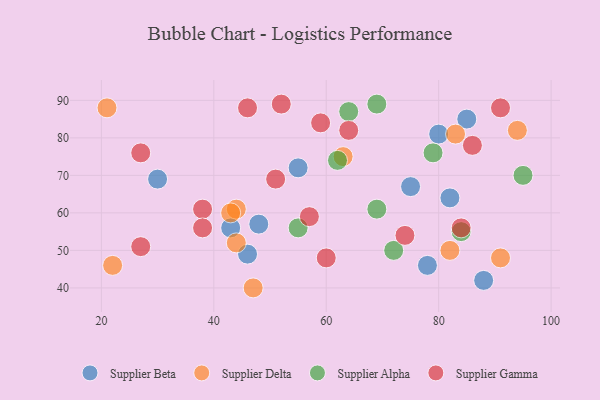
{"axis": {"x": "GDP", "y": "Life Expectancy"}, "legend": ["Supplier Alpha", "Supplier Beta", "Supplier Delta", "Supplier Gamma"], "data": [{"x": "43", "y": 56, "type": "Supplier Beta"}, {"x": "80", "y": 81, "type": "Supplier Beta"}, {"x": "30", "y": 69, "type": "Supplier Beta"}, {"x": "88", "y": 42, "type": "Supplier Beta"}, {"x": "46", "y": 49, "type": "Supplier Beta"}, {"x": "48", "y": 57, "type": "Supplier Beta"}, {"x": "55", "y": 72, "type": "Supplier Beta"}, {"x": "78", "y": 46, "type": "Supplier Beta"}, {"x": "75", "y": 67, "type": "Supplier Beta"}, {"x": "82", "y": 64, "type": "Supplier Beta"}, {"x": "85", "y": 85, "type": "Supplier Beta"}, {"x": "47", "y": 40, "type": "Supplier Delta"}, {"x": "44", "y": 52, "type": "Supplier Delta"}, {"x": "44", "y": 61, "type": "Supplier Delta"}, {"x": "94", "y": 82, "type": "Supplier Delta"}, {"x": "21", "y": 88, "type": "Supplier Delta"}, {"x": "43", "y": 60, "type": "Supplier Delta"}, {"x": "82", "y": 50, "type": "Supplier Delta"}, {"x": "22", "y": 46, "type": "Supplier Delta"}, {"x": "83", "y": 81, "type": "Supplier Delta"}, {"x": "91", "y": 48, "type": "Supplier Delta"}, {"x": "63", "y": 75, "type": "Supplier Delta"}, {"x": "72", "y": 50, "type": "Supplier Alpha"}, {"x": "79", "y": 76, "type": "Supplier Alpha"}, {"x": "55", "y": 56, "type": "Supplier Alpha"}, {"x": "84", "y": 55, "type": "Supplier Alpha"}, {"x": "69", "y": 89, "type": "Supplier Alpha"}, {"x": "69", "y": 61, "type": "Supplier Alpha"}, {"x": "64", "y": 87, "type": "Supplier Alpha"}, {"x": "62", "y": 74, "type": "Supplier Alpha"}, {"x": "95", "y": 70, "type": "Supplier Alpha"}, {"x": "59", "y": 84, "type": "Supplier Gamma"}, {"x": "86", "y": 78, "type": "Supplier Gamma"}, {"x": "84", "y": 56, "type": "Supplier Gamma"}, {"x": "60", "y": 48, "type": "Supplier Gamma"}, {"x": "57", "y": 59, "type": "Supplier Gamma"}, {"x": "74", "y": 54, "type": "Supplier Gamma"}, {"x": "91", "y": 88, "type": "Supplier Gamma"}, {"x": "64", "y": 82, "type": "Supplier Gamma"}, {"x": "46", "y": 88, "type": "Supplier Gamma"}, {"x": "38", "y": 61, "type": "Supplier Gamma"}, {"x": "27", "y": 51, "type": "Supplier Gamma"}, {"x": "38", "y": 56, "type": "Supplier Gamma"}, {"x": "51", "y": 69, "type": "Supplier Gamma"}, {"x": "27", "y": 76, "type": "Supplier Gamma"}, {"x": "52", "y": 89, "type": "Supplier Gamma"}]}